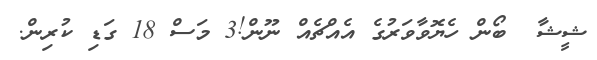
ޝީޝާ  ބޯން ހެޔޮވާވަރުގެ އެއްޗެއް ނޫން!3 މަސް 18 ގަޑި ކުރިން.